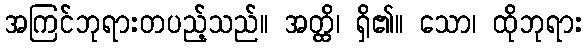
အကြင်ဘုရားတပည့်သည်။ အတ္ထိ၊ ရှိ၏။ သော၊ ထိုဘုရား